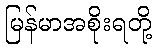
မြန်မာအစိုးရတို့